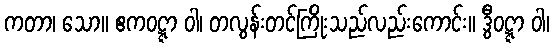
ကတာ၊ သော။ ဧကဝဋ္ဋာ ဝါ၊ တလွန်းတင်ကြိုးသည်လည်းကောင်း။ ဒွီဝဋ္ဋာ ဝါ၊